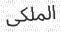
الملكى